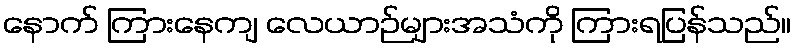
နောက် ကြားနေကျ လေယာဉ်များအသံကို ကြားရပြန်သည်။